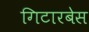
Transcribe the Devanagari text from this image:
गिटारबेस